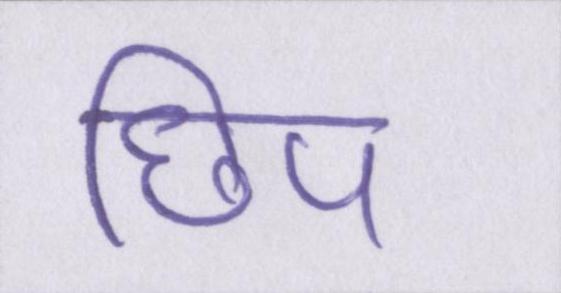
छिप